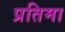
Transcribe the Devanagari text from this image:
प्रतिमा